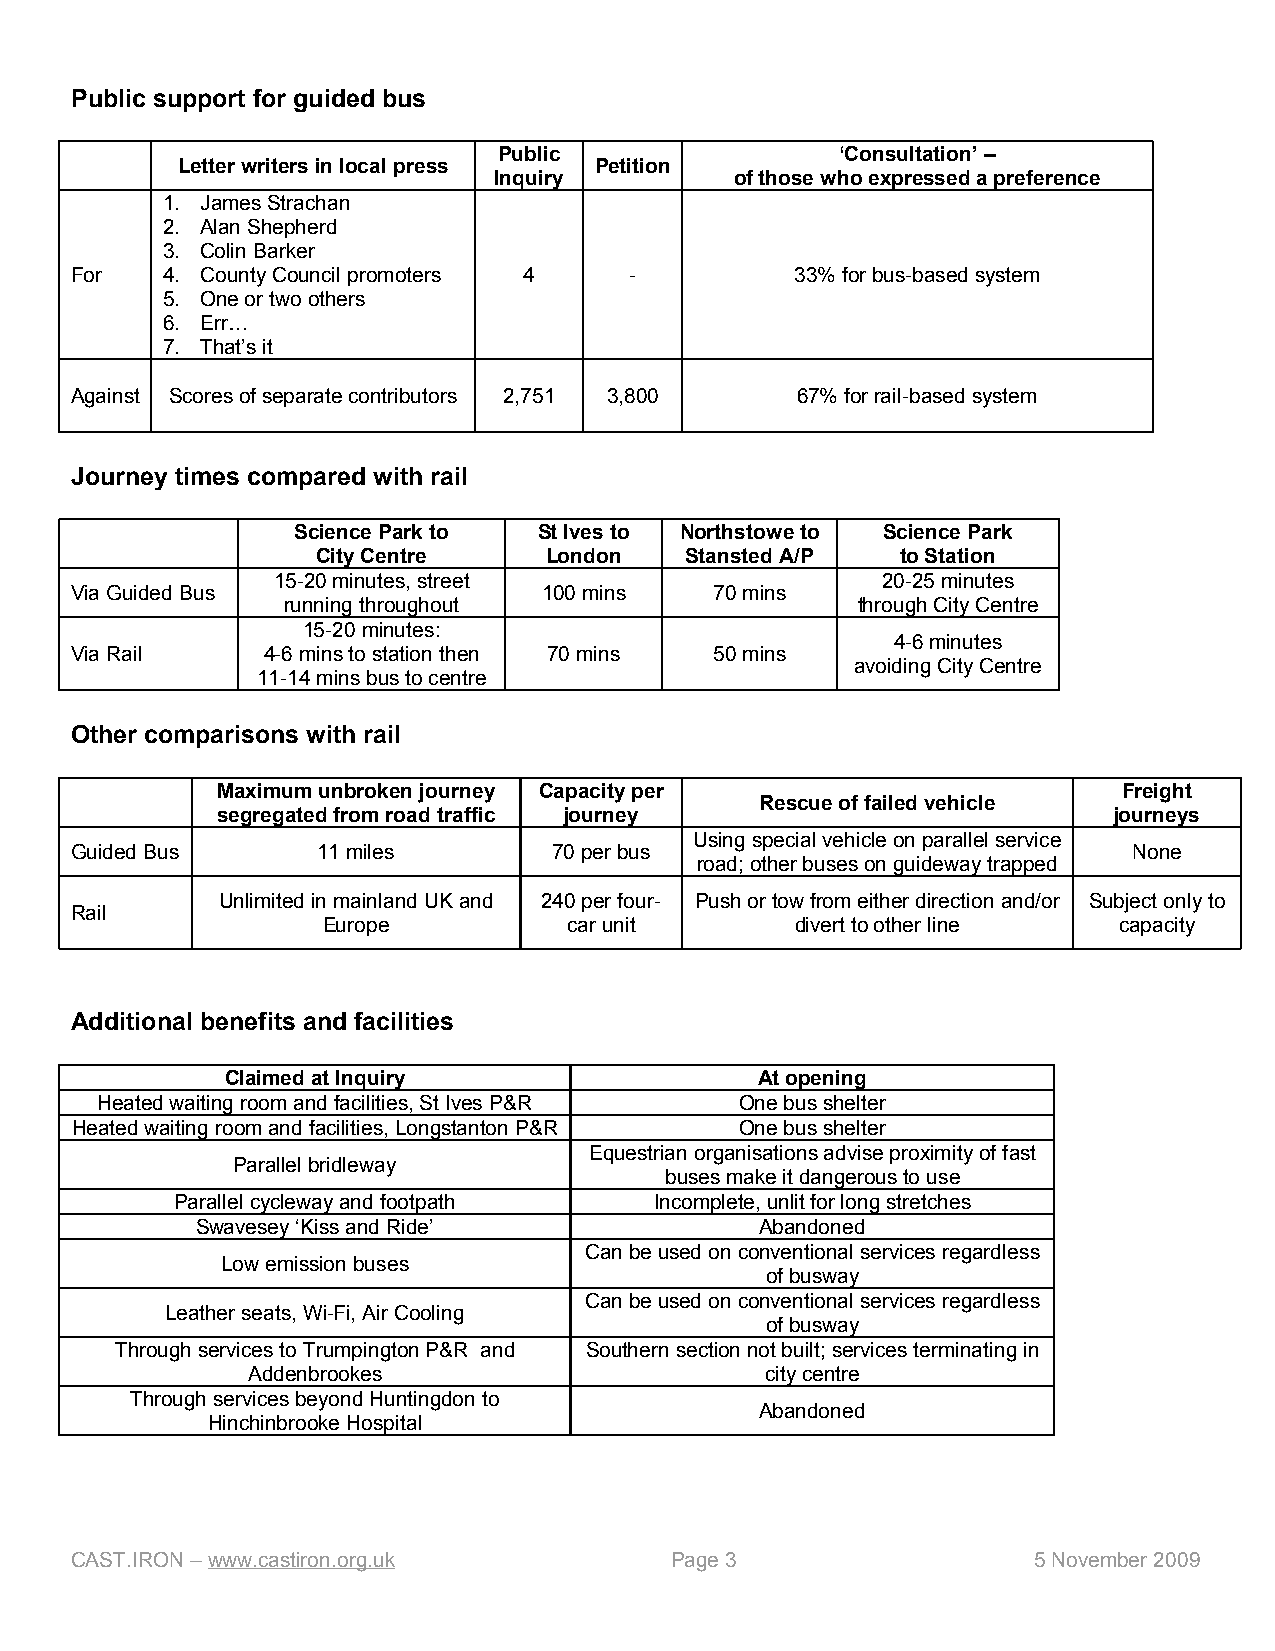
Public support for guided bus
 Public                 ‘Consultation’ –
 Letter writers in local press Petition
 Inquiry         of those who expressed a preference
 1. James Strachan
 2. Alan Shepherd
 3. Colin Barker
 For   4. County Council promoters 4  -          33% for bus-based system
 5. One or two others
 6. Err…
 7. That’s it
 Against Scores of separate contributors 2,751 3,800 67% for rail-based system
 Journey times compared with rail
 Science Park to  St Ives to Northstowe to Science Park
 City Centre    London   Stansted A/P   to Station
 15-20 minutes, street                   20-25 minutes
 Via Guided Bus                 100 mins   70 mins
 running throughout                    through City Centre
 15-20 minutes:
 4-6 minutes
 Via Rail    4-6 mins to station then 70 mins 50 mins
 avoiding City Centre
 11-14 mins bus to centre
 Other comparisons with rail
 Maximum unbroken journey Capacity per                       Freight
 Rescue of failed vehicle
 segregated from road traffic journey                        journeys
 Using special vehicle on parallel service
 Guided Bus      11 miles        70 per bus                            None
 road; other buses on guideway trapped
 Unlimited in mainland UK and 240 per four- Push or tow from either direction and/or Subject only to
 Rail
 Europe           car unit       divert to other line capacity
 Additional benefits and facilities
 Claimed at Inquiry                 At opening
 Heated waiting room and facilities, St Ives P&R One bus shelter
 Heated waiting room and facilities, Longstanton P&R One bus shelter
 Equestrian organisations advise proximity of fast
 Parallel bridleway
 buses make it dangerous to use
 Parallel cycleway and footpath Incomplete, unlit for long stretches
 Swavesey ‘Kiss and Ride’             Abandoned
 Can be used on conventional services regardless
 Low emission buses
 of busway
 Can be used on conventional services regardless
 Leather seats, Wi-Fi, Air Cooling
 of busway
 Through services to Trumpington P&R and Southern section not built; services terminating in
 Addenbrookes                       city centre
 Through services beyond Huntingdon to
 Abandoned
 Hinchinbrooke Hospital
 CAST.IRON – www.castiron.org.uk        Page 3                  5 November 2009